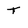
Character: T